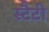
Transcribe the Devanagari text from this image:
स्टैटी